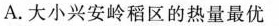
A.大小兴安岭稻区的热量最优